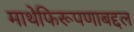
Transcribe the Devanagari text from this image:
माथेफिरूपणाबद्दल